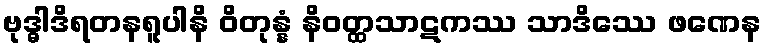
ဗုဒ္ဓါဒိရတနရူပါနိ ဝိတုန္နံ နိဝတ္ထသာဋကဿ သာဒိဿေ ဖဏေန